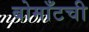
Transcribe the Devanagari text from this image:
बोमाँटची